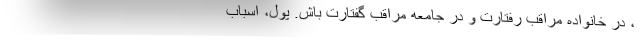
، در خانواده مراقب رفتارت و در جامعه مراقب گفتارت باش. پول، اسباب